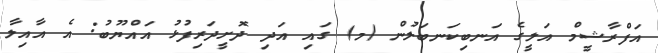
އަފްރާޝީމް އަލީގެ އަނބިކަނބަލުން (މ) ގައި އަދި ދޮށީދަރިފުޅު އައްޔޫބު: އެ އާއިލާ